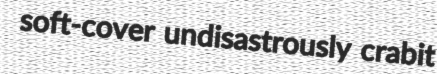
soft-cover undisastrously crabit